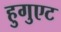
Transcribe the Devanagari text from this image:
हुगुएट